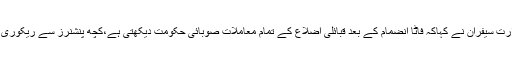
حکام وزارت سیفران نے کہاکہ فاٹا انضمام کے بعد قبائلی اضلاع کے تمام معاملات صوبائی حکومت دیکھتی ہے،کچھ پنشنرز سے ریکوری لینی ہے۔